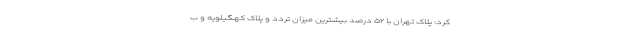
کرد: پلاک تهران با ۵۲ درصد بیشترین میزان تردد و پلاک کهگیلویه و ب